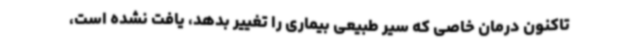
تاکنون درمان خاصی که سیر طبیعی بیماری را تغییر بدهد، یافت نشده است،